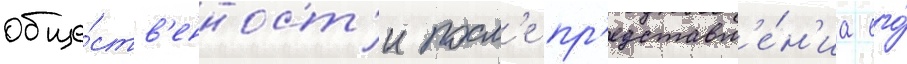
обще́ств'енност'и посл'е пр'едставл'е́н'иа его́